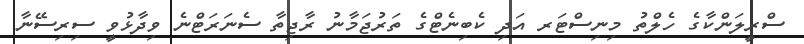
ސްރީލަންކާގެ ހެލްތު މިނިސްޓަރ އަދި ކެބިނެޓްގެ ތަރުޖަމާނު ރާޖިތާ ސެނަރަޓްނެ ވިދާޅުވީ ސިރިސޭނާ